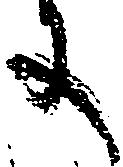
に